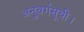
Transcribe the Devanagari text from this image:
अनुवर्गसूची।